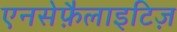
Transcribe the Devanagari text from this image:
एनसेफ़ैलाइटिज़